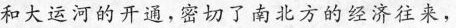
和大运河的开通，密切了南北方的经济往来，